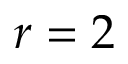
r = 2